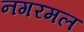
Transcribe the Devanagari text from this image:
नगरमल